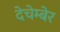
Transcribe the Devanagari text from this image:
देचेम्बेर